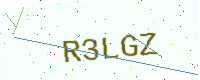
Text: R3LGZ